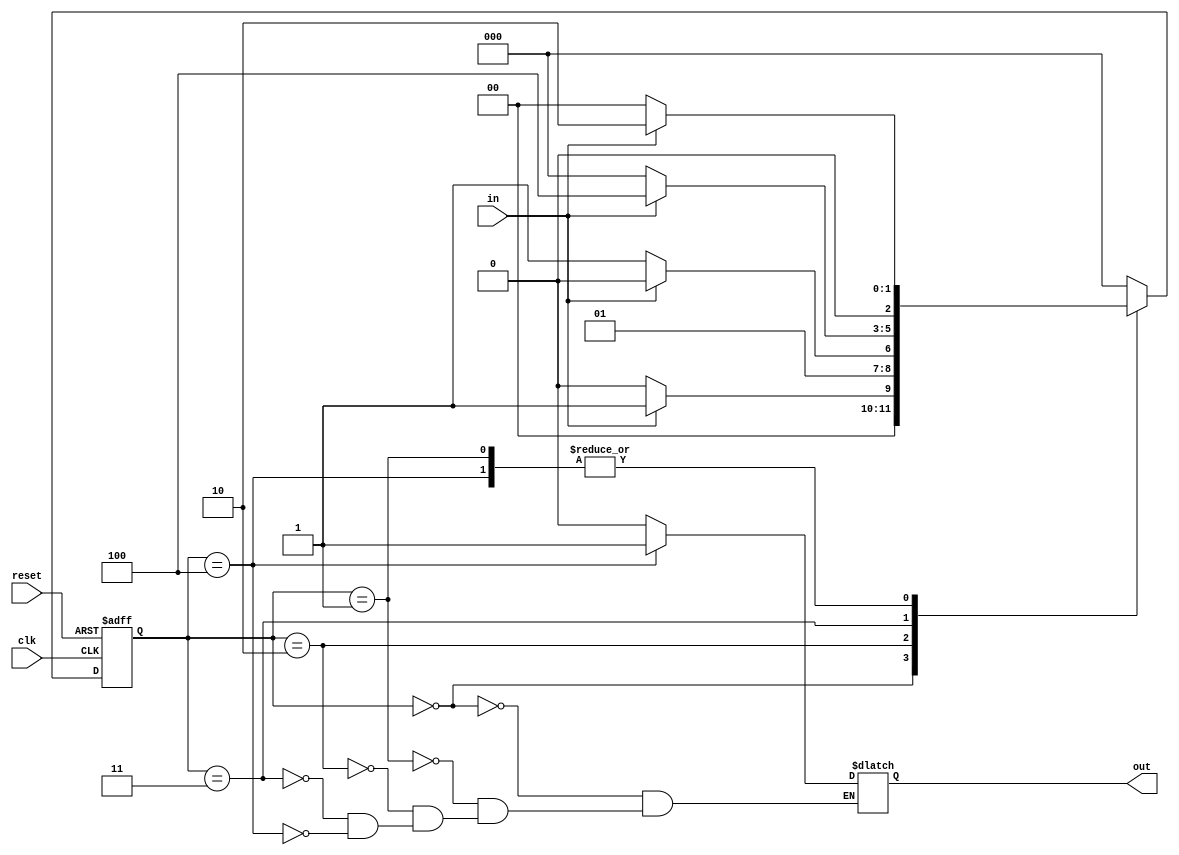
module moore_ol(
                in                                    ,//input
                clk                                   ,//clock
                reset                                 ,//reset
                out                                    //output
                )                                     ;

//port declaration
input       in, clk, reset                            ;//input declaration for in, clock and reset
output reg  out                                       ;//output 
parameter   S0 = 0 , S1 = 1 , S2 = 2 , S3 = 3, S4 =4  ;//parameter declaration for states
reg         [2:0] present_state, next_state           ;//register declaration for present state and next state

/*State S0 is assigned to present state if the reset is 1 else the next state is assigned to present state*/  
always @ (posedge clk or posedge reset)
   begin
      if(reset)
         present_state <= S0                          ;// assign S0 to present state   
      else    
         present_state <= next_state                  ;// assign next state to present state
   end             

/*Here the states S0, S1, S2, or S4 is assigned according to the input encountered (for the sequence 1101)*/
always @ (present_state or in)
   begin      
      case(present_state)  
         S0 : begin
           	  	if (in)
             		next_state = S1                     ;//assign S1 to next state if 1 is encountered 
           		else
             		next_state = S0                     ;//assign S0 to next state if 0 is encountered
           		out = 0                                ;//output is 0 untill sequence 1101 is obtained
              end
         S1 : begin 
              	if (in)
             		next_state = S2                     ;//assign S2 to next state if 1 is encountered
           		else
             		next_state = S0                     ;//assign S0 to next state if 0 is encountered
           		out = 0                                ;//output is 0 untill sequence 1101 is obtained
              end
         S2 : begin 
              	if (in)
               	next_state = S2                     ;//assign S2 to next state if 1 is encountered
           		else
             		next_state = S3                     ;//assign S3 to next state if 0 is encountered
           		out = 0                                ;//output is 0 untill sequence 1101 is obtained
              end 
         S3 : begin 
              	if (in)
                  next_state = S4                     ;//assign S4 to next state if 1 is encountered
           		else
             		next_state = S0                     ;//assign S0 to next state if 0 is encountered
           		out = 0                                ;//output is 0 untill sequence 1101 is obtained
              end 
         S4 : begin 
              	if (in)
                  next_state = S2                     ;//assign S2 to next state if 1 is encountered
           		else
             		next_state = S0                     ;//assign S0 to next state if 0 is encountered
           		out = 1                                ;//output is 1 when sequence 1101 is obtained
              end
         default: next_state = S0                     ;//default state is S0
      endcase
   end
endmodule